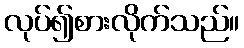
လုပ်၍စားလိုက်သည်။